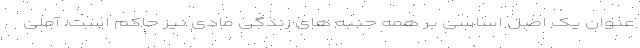
عنوان یک اصل اساسی بر همه جنبه های زندگی مادی نیز حاکم است. آملی